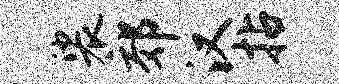
裟郊汉拈